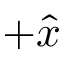
+ \hat { x }